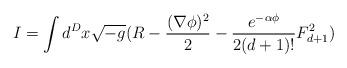
LaTeX: \begin{align*} I=\int d^{D}x\sqrt{-g} (R-\frac{(\nabla \phi)^2}{2} -\frac{e^{-\alpha \phi}}{2(d+1)!}F^{2}_{d+1})\end{align*}